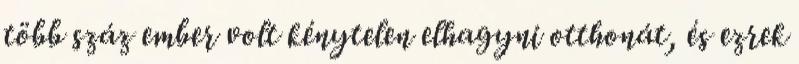
több száz ember volt kénytelen elhagyni otthonát, és ezrek